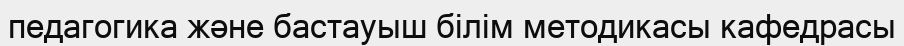
педагогика және бастауыш білім методикасы кафедрасы